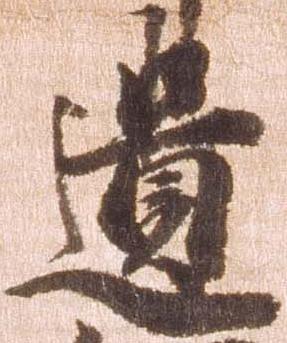
遺